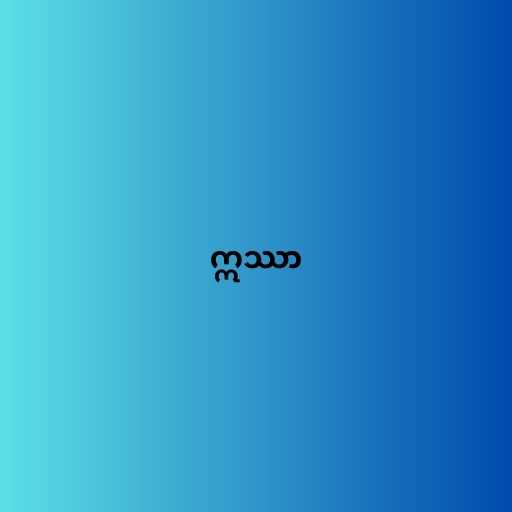
ဣဿာ